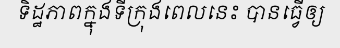
ទិដ្ឋភាពក្នុងទីក្រុងពេលនេះ បានធ្វើឲ្យ